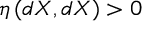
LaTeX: \eta \left( d X , d X \right) > 0